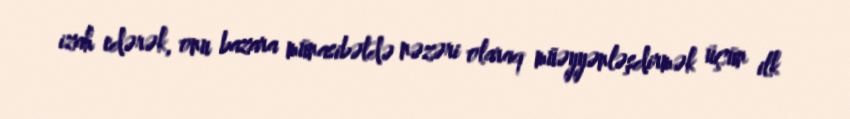
izah edərək, onu bazara münasibətdə nəzəri olaraq müəyyənləşdirmək üçün ilk